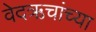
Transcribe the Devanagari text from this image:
वेदऋचांच्या